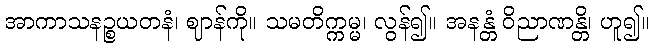
အာကာသနဉ္စယတနံ၊ ဈာန်ကို။ သမတိက္ကမ္မ၊ လွန်၍။ အနန္တံ ဝိညာဏန္တိ၊ ဟူ၍။